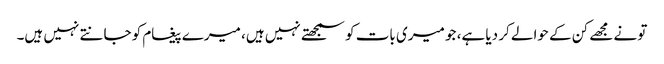
تو نے مجھے کن کے حوالے کر دیا ہے، جو میری بات کو سمجھتے نہیں ہیں، میرے پیغام کو جانتے نہیں ہیں۔